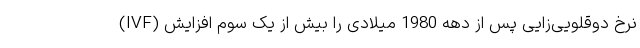
(IVF) نرخ دوقلویی‌زایی پس از دهه 1980 میلادی را بیش از یک سوم افزایش